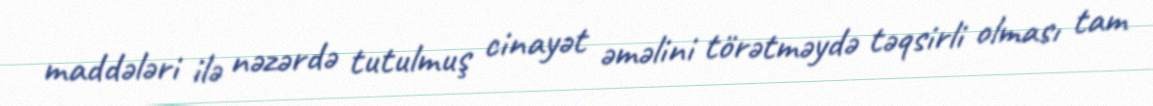
maddələri ilə nəzərdə tutulmuş cinayət əməlini törətməydə təqsirli olması tam